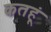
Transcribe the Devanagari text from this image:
कतहूं